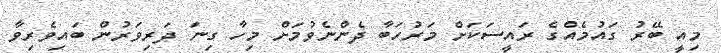
މިއީ ބޭރު ގައުމެއްގެ ރައީސަކަށް މަރުހަބާ ދެންނެވުމަށް މިހާ ގިނަ ދަރިވަރުން ބައިވެރިވާ